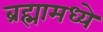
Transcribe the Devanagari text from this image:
ब्रह्मामध्ये